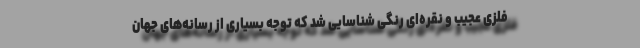
فلزی عجیب و نقره‌ای رنگی شناسایی شد که توجه بسیاری از رسانه‌های جهان